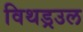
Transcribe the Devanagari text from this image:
विथड्रउल